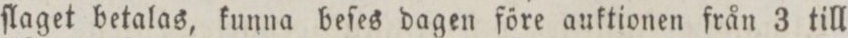
ſlaget betalas, kunna beſes dagen före auktionen från 3 till